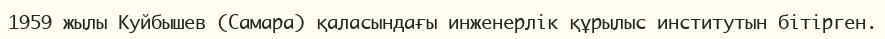
1959 жылы Куйбышев (Самара) қаласындағы инженерлік құрылыс институтын бітірген.